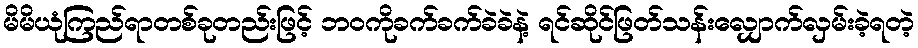
မိမိယုံကြည်ရာတစ်ခုတည်းဖြင့် ဘဝကိုခက်ခက်ခဲခဲနဲ့ ရင်ဆိုင်ဖြတ်သန်းလျှောက်လှမ်းခဲ့ရတဲ့